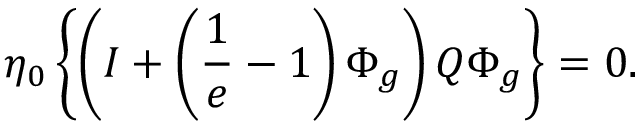
\eta _ { 0 } \left\{ \left( { \cal I } + \left( \frac { 1 } { e } - 1 \right) \Phi _ { g } \right) { \cal Q } \Phi _ { g } \right\} = 0 .